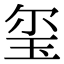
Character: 玺